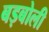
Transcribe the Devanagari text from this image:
बड़बोली